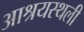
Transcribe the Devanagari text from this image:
आश्रयस्थली